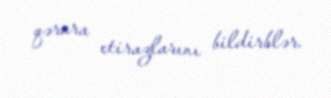
qərara etirazlarını bildirblər.